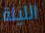
الليلة